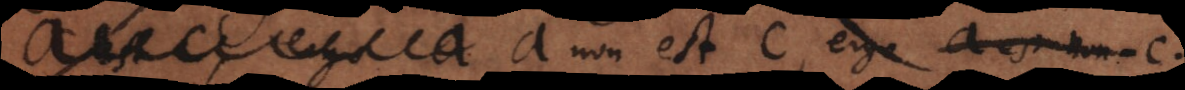
a hoc modo a non est c, ergo a est non-c.